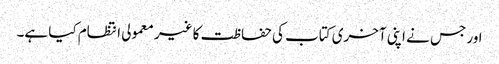
اور جس نے اپنی آخری کتاب کی حفاظت کا غیر معمولی انتظام کیا ہے۔